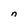
Character: n